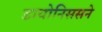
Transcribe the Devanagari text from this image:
डायोनिससने